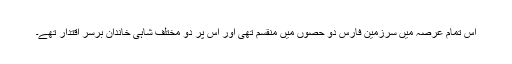
اِس تمام عرصہ میں سرزمین فارس دو حصوں میں منقسم تھی اور اِس پر دو مختلف شاہی خاندان برسر اِقتدار تھے۔